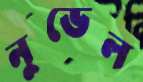
নুভেল